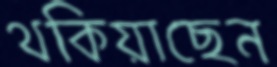
থকিয়াছেন